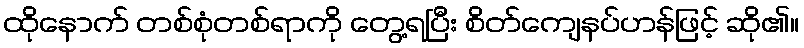
ထိုနောက် တစ်စုံတစ်ရာကို တွေ့ရပြီး စိတ်ကျေနပ်ဟန်ဖြင့် ဆို၏။